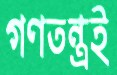
গণতন্ত্রই